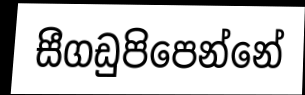
සීගඩුපිපෙන්නේ